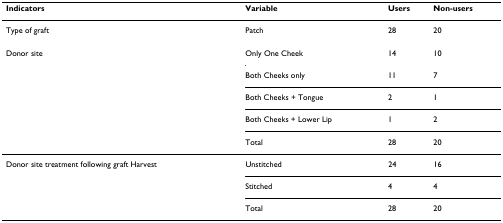
<table><thead><tr><td><b>Indicators</b></td><td><b>Variable</b></td><td><b>Users</b></td><td><b>Non-users</b></td></tr></thead><tbody><tr><td>Type of graft</td><td>Patch</td><td>28</td><td>20</td></tr><tr><td>Donor site</td><td>Only One Cheek</td><td>14</td><td>10</td></tr><tr><td></td><td>Both Cheeks only</td><td>11</td><td>7</td></tr><tr><td></td><td>Both Cheeks + Tongue</td><td>2</td><td>1</td></tr><tr><td></td><td>Both Cheeks + Lower Lip</td><td>1</td><td>2</td></tr><tr><td></td><td>Total</td><td>28</td><td>20</td></tr><tr><td>Donor site treatment following graft Harvest</td><td>Unstitched</td><td>24</td><td>16</td></tr><tr><td></td><td>Stitched</td><td>4</td><td>4</td></tr><tr><td></td><td>Total</td><td>28</td><td>20</td></tr></tbody></table>